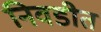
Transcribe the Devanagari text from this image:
निवडीत